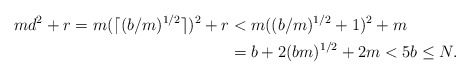
\begin{align*}md^2+r=m(\lceil(b/m)^{1/2}\rceil)^2+r&<m((b/m)^{1/2}+1)^2+m\\&=b+2(bm)^{1/2}+2m<5b\leq N.\end{align*}